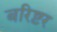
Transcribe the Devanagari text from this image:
बरिष्टर